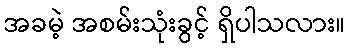
အခမဲ့ အစမ်းသုံးခွင့် ရှိပါသလား။